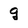
Character: g